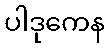
ပါဒုကေန